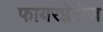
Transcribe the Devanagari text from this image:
फायरप्लेसेज